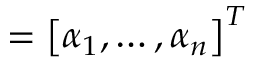
{ \mathbf \alpha } = \left[ \alpha _ { 1 } , \dots , \alpha _ { n } \right] ^ { T }